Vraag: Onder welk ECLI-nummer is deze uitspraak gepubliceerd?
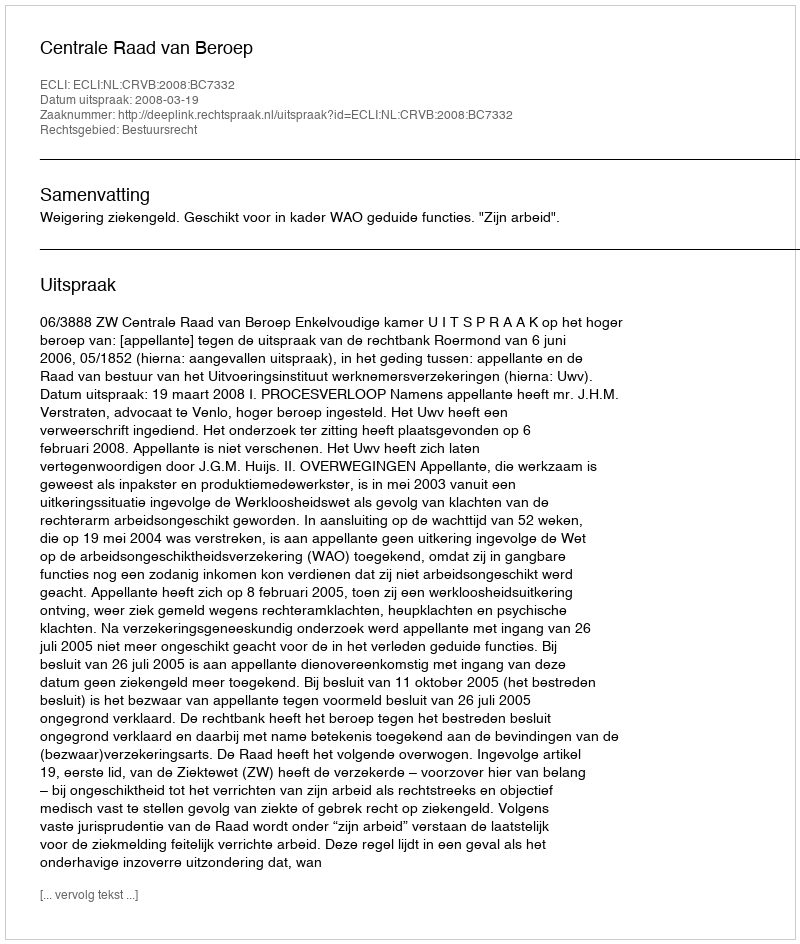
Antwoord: ECLI:NL:CRVB:2008:BC7332